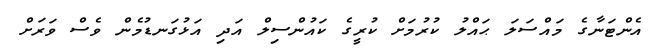
އެންޓަނާގެ މައްސަލަ ޙައްލު ކުރުމަށް ކުރީގެ ކައުންސިލް އަދި އަޅުގަނޑުމެން ވެސް ވަރަށް